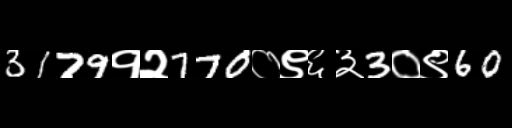
Text: 3179१२770०९६३3०९60